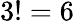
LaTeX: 3!=6